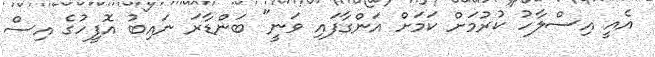
އެއީ އިސްލާހު ކުރުމަށް ކަމަށް އަންގާފައި ވަނީ" ބަންޑާރަ ނައިބު އޮފީހުގެ އިސް